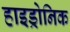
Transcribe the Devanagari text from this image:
हाइड्रोनिक